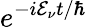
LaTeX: e^{-i\mathcal{E}_{\nu}t/\hbar}